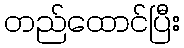
တည်ထောင်ပြီး